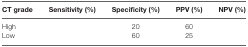
<table><thead><tr><td><b>CT grade</b></td><td><b>Sensitivity (%)</b></td><td><b>Specificity (%)</b></td><td><b>PPV (%)</b></td><td><b>NPV (%)</b></td></tr></thead><tbody><tr><td>High</td><td>[EMPTY_CELL]</td><td>20</td><td>60</td><td>[EMPTY_CELL]</td></tr><tr><td>Low</td><td>[EMPTY_CELL]</td><td>60</td><td>25</td><td>[EMPTY_CELL]</td></tr></tbody></table>